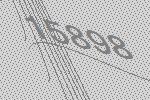
15898